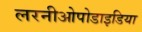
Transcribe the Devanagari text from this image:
लरनीओपोडाइडिया